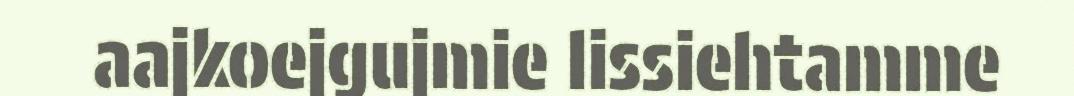
aajkoejgujmie lissiehtamme